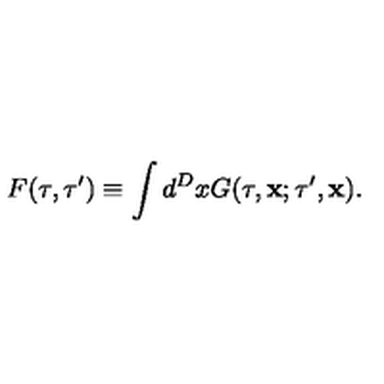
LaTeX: F ( \tau , \tau ^ { \prime } ) \equiv \int d ^ { D } x G ( \tau , { \bf x } ; \tau ^ { \prime } , { \bf x } ) .